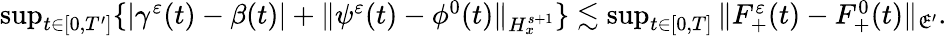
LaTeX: \begin{array}{r}{\operatorname*{sup}_{t\in[0,T^{\prime}]}\{ |\gamma^{\varepsilon}(t)-\beta(t)|+\| \psi^{\varepsilon}(t)-\phi^{0}(t)\| _{H_{x}^{s+1}}\} \lesssim\operatorname*{sup}_{t\in[0,T]}\| F_{+}^{\varepsilon}(t)-F_{+}^{0}(t)\| _{\mathfrak E^{\prime}}.}\end{array}